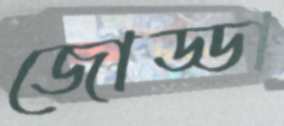
জোড্ডা